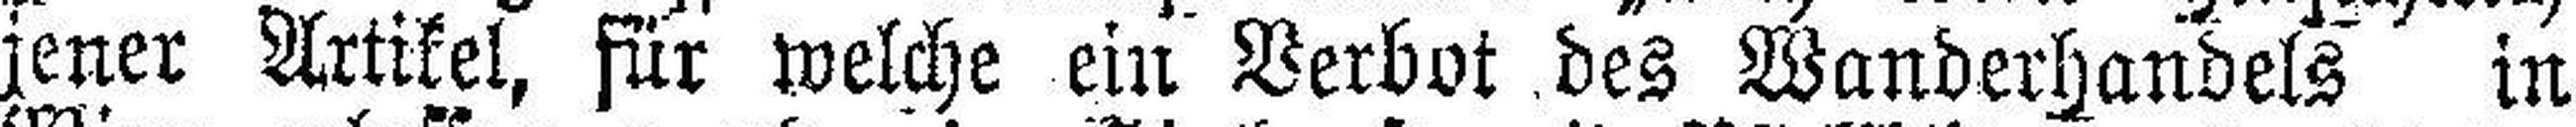
jener Artikel, für welche ein Verbot des Wanderhandels in